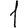
Digit: 1